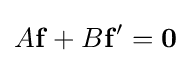
A\mathbf {f} +B\mathbf {f} '=\mathbf {0}